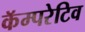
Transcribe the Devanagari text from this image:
कॅम्परेटिव